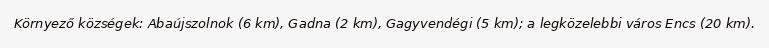
Környező községek: Abaújszolnok (6 km), Gadna (2 km), Gagyvendégi (5 km); a legközelebbi város Encs (20 km).